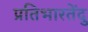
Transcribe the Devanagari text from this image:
प्रतिभारतेंदु